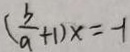
( \frac { b } { a } + 1 ) x = - 1